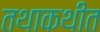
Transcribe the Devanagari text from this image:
तथाकथीत